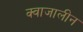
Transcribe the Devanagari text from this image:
क्वाजालीन